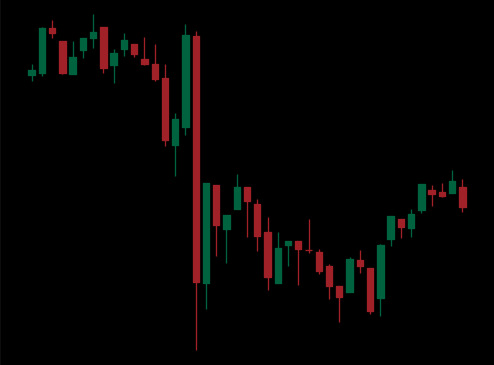
Pattern: bull_flag